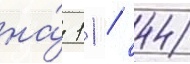
на́ 11 / 44